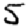
Digit: 5